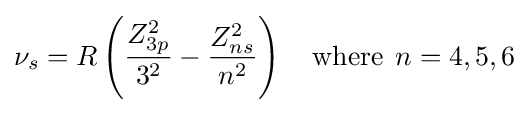
\nu _{s}=R\left({\frac {Z_{3p}^{2}}{3^{2}}}-{\frac {Z_{ns}^{2}}{n^{2}}}\right)\quad {\text{where}}\;\,n=4,5,6